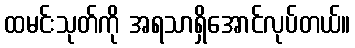
ထမင်းသုတ်ကို အရသာရှိအောင်လုပ်တယ်။